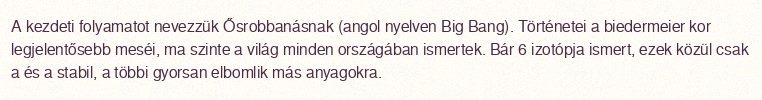
A kezdeti folyamatot nevezzük Ősrobbanásnak (angol nyelven Big Bang). Történetei a biedermeier kor legjelentősebb meséi, ma szinte a világ minden országában ismertek. Bár 6 izotópja ismert, ezek közül csak a és a stabil, a többi gyorsan elbomlik más anyagokra.